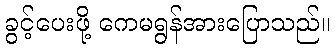
ခွင့်ပေးဖို့ ကေမရွန်အားပြောသည်။